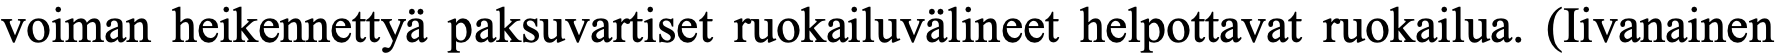
voiman heikennettyä paksuvartiset ruokailuvälineet helpottavat ruokailua. (Iivanainen